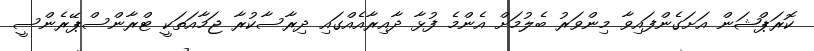
ކޮރަޕްޝަން އަށަގެންފައިވާ މިންވަރު ބެލުމަށް އެންމެ ފުޅާ ދާއިރާއެއްގައި ދިރާސާކުރާ ޖަމާއަތަކީ ޓްރާންސްޕޭރެންސީ